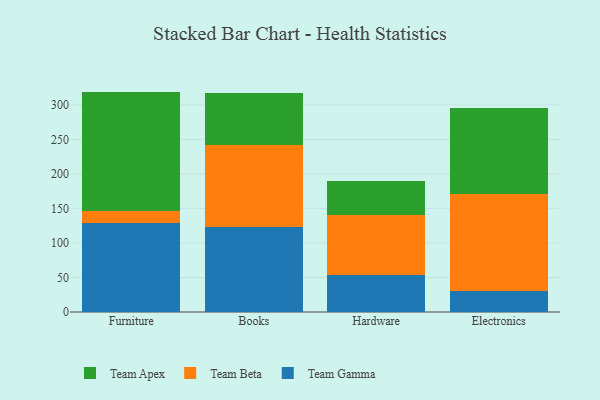
{"axis": {"x": "Category", "y": "Net Income (USD K)"}, "legend": ["Team Apex", "Team Beta", "Team Gamma"], "data": [{"x": "Furniture", "y": 129.6, "type": "Team Gamma"}, {"x": "Furniture", "y": 16.2, "type": "Team Beta"}, {"x": "Furniture", "y": 173.4, "type": "Team Apex"}, {"x": "Books", "y": 123.3, "type": "Team Gamma"}, {"x": "Books", "y": 118.0, "type": "Team Beta"}, {"x": "Books", "y": 75.7, "type": "Team Apex"}, {"x": "Hardware", "y": 53.4, "type": "Team Gamma"}, {"x": "Hardware", "y": 86.7, "type": "Team Beta"}, {"x": "Hardware", "y": 49.2, "type": "Team Apex"}, {"x": "Electronics", "y": 30.7, "type": "Team Gamma"}, {"x": "Electronics", "y": 140.4, "type": "Team Beta"}, {"x": "Electronics", "y": 124.9, "type": "Team Apex"}]}